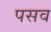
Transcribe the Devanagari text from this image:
पसव